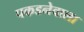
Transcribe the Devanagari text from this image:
पकडनेवाला